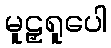
မူဠှရူပေါ